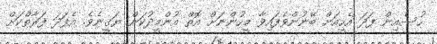
ހުސެއިން ފަދަ އެހީއަށް ބޭނުންވެފައިވާ މީހުންނަށް އޮތް އުންމީދުކަން ޔަޤީނެވެ. އެފަދަ ފަރާތްކަށް